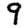
Digit: 9